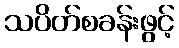
သပိတ်စခန်းဖွင့်